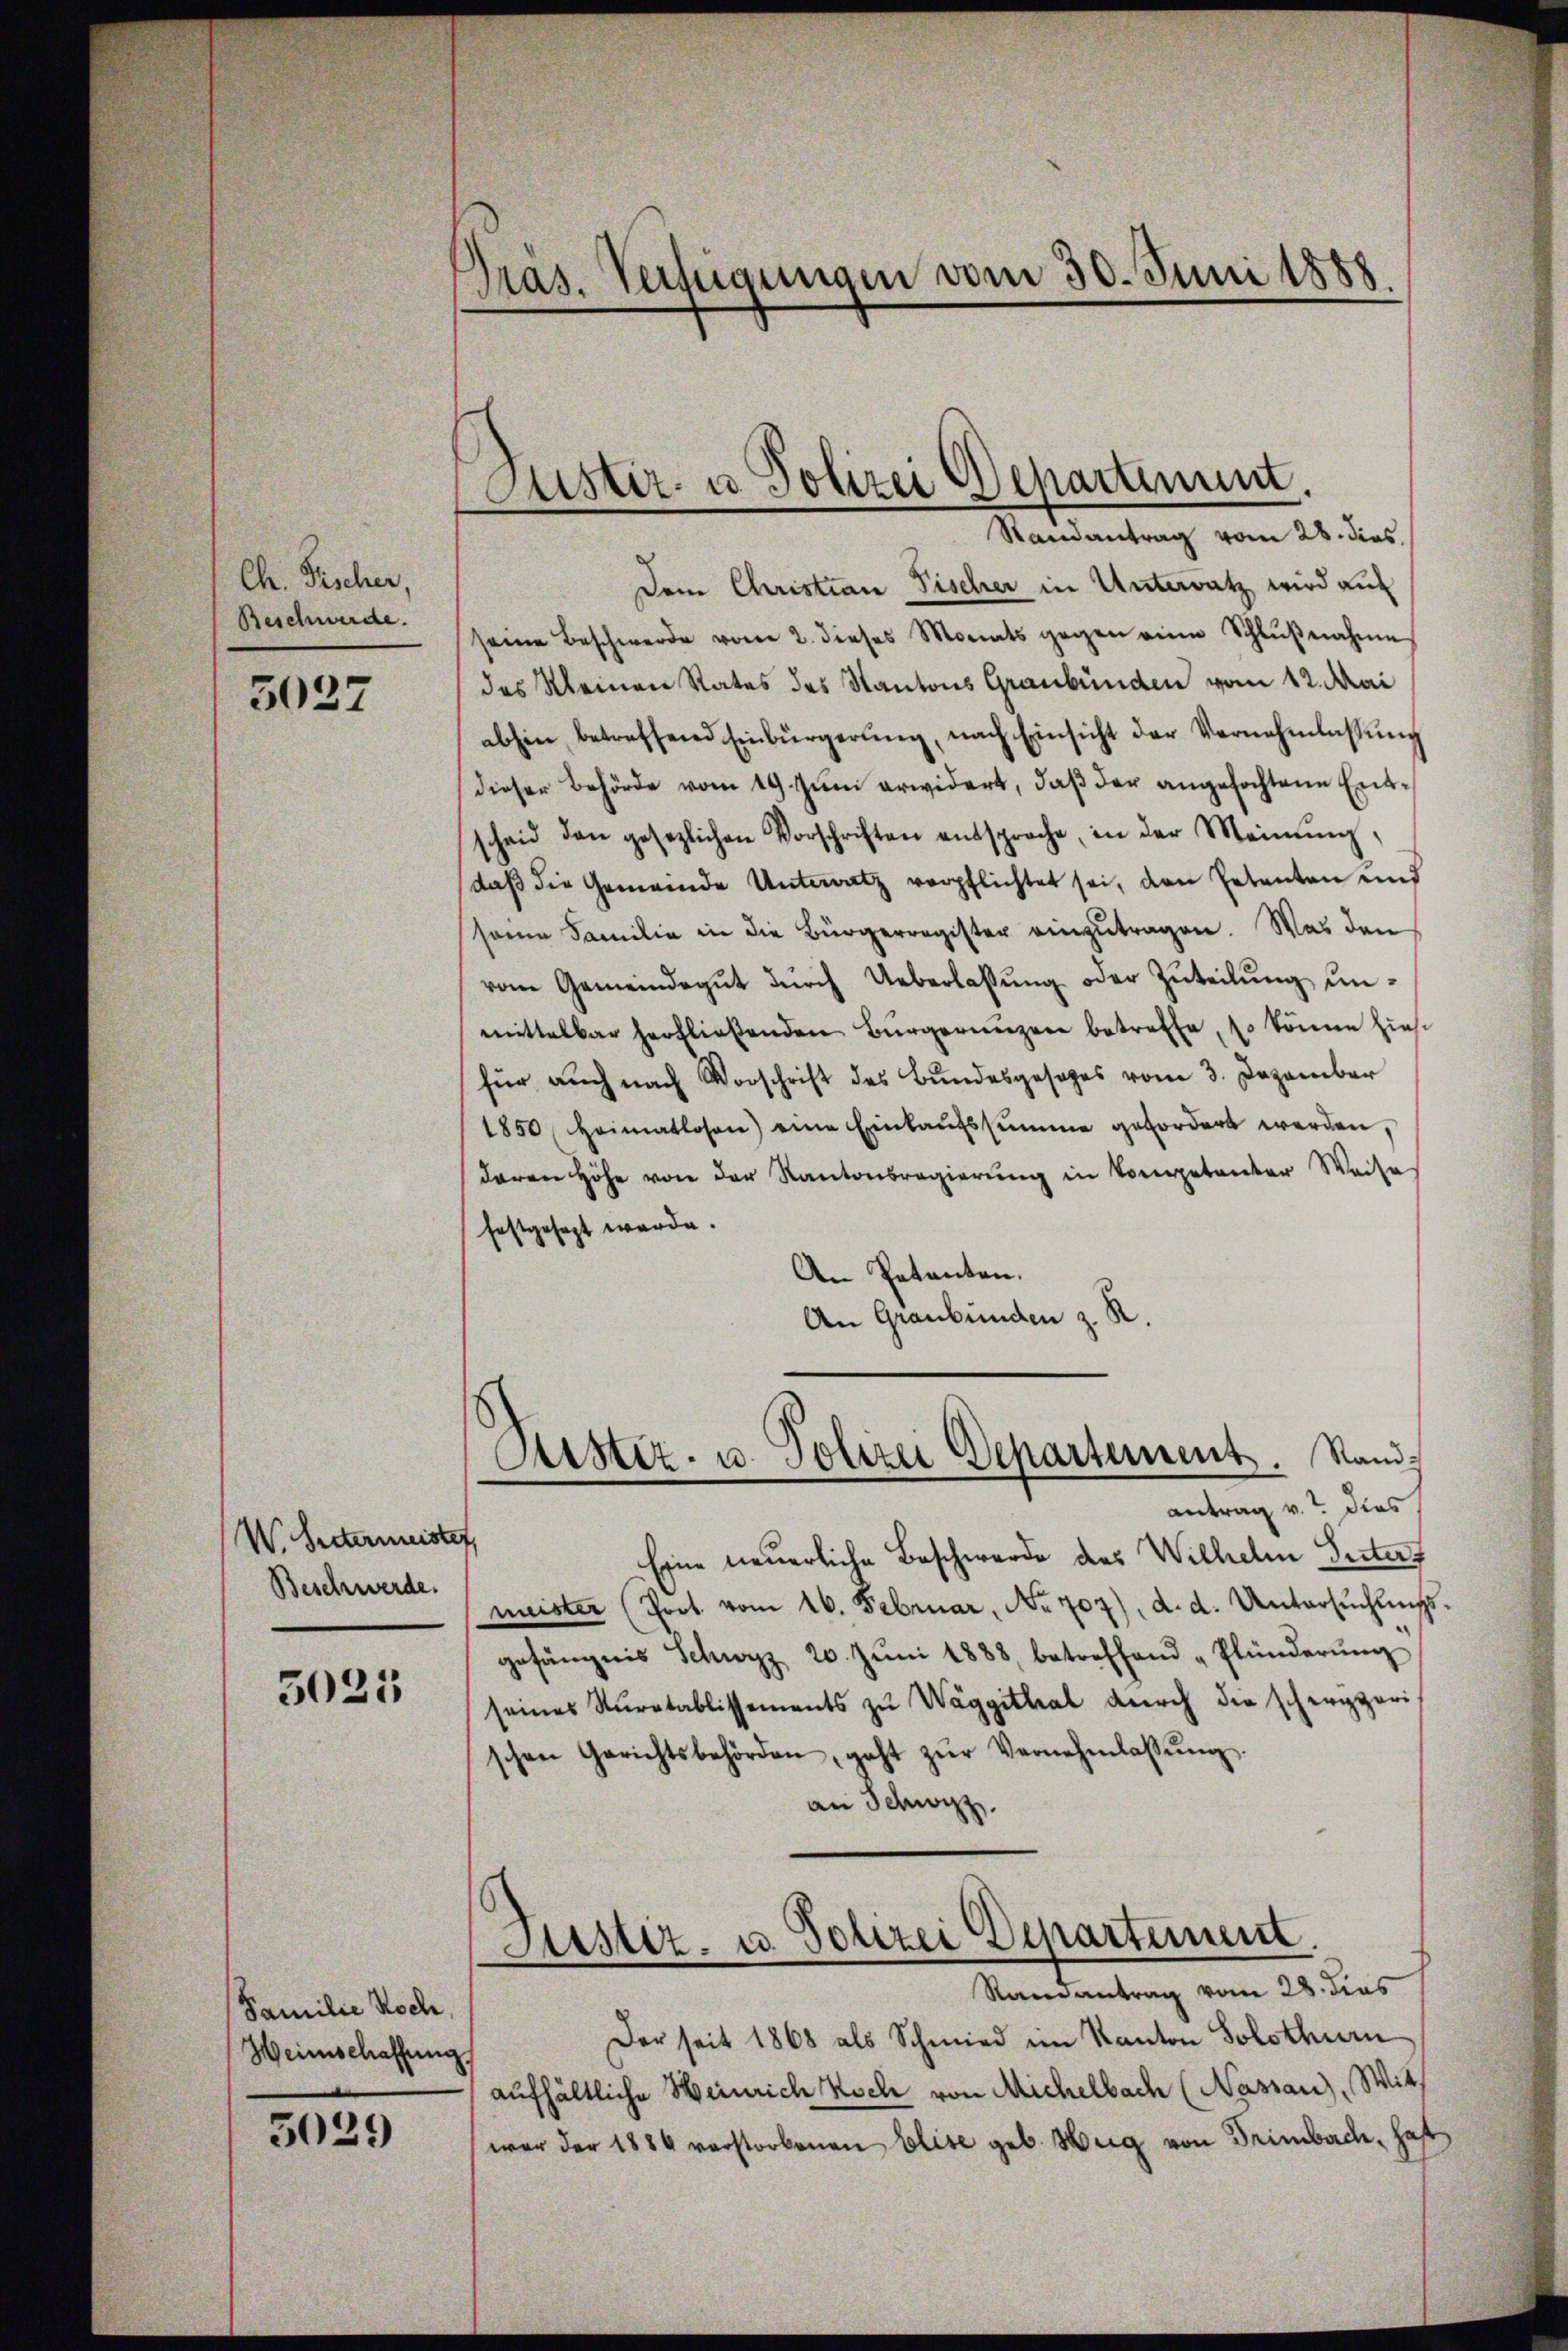
Ch. Fischer,
Beschwerde.
3027

W. hintermeister,
Beschwerde.

5021

Familie Koch,
Heimschaffung,

5039

Pras. Verfügungen vom 30. Juni 1888.

Justiz- u Polizei Departinum.
Randantrag vom 28. dies

Dem Christian Fischer in Untersatz wird auc
seine Beschwerde vor 2. dieses Monats gegen eine Schlŭβnahme
des Meinen Rates des Kantons Graubünden vom 12. Mai
abhin betreffend Einbürgerŭng, nach Einsicht der Vernehmlassŭng
dieser Behörde vom 19. Jŭni erwidert, daß der angefochtene Entscheid den gesezlichen Vorschriften entsproche, in der Meinŭng,
daß die Gemeinde Unterratz verpflichtet sei, den Petenten und
same Familie in die Bürgerregister einzŭtragen. Was den
vom Gemeindegut durch Ueberlassung oder Zuteilung unmittelbar herfließenden Bürgerungen betreffe, so könne hiesi
für auch nach Vorschrift des Bundesgesages vom 3. Dezember
1850 Heimatlosen) eine Einkaŭfssumme gefordert werden,
daren Höhe von der Kantonsregierung in Kompetenter Weise
festgesezt werde.
An Petenten.
An Graubünden z. R.
Ristiz- u. Polizei Departement. Sandantrag v. dies
Eine neuerliche Beschwerde des Wilhelm Seiter
meister (Poot vom 16. Februar, No. 707), d. d. Untersŭchŭngs
gefängnis Schwyz 20. Jŭni 1888, betreffend „Plünderŭng
seines Sturatablissements zu Waggithal durch die schergpari
schen Gerichtsbehörden, geht zŭr Vernehmlassŭng.
an Schwyz.
Justiz- u. Polizei Departement.
Ramantrag vom 28. dies
Der seit 1868 als Schmied im Kanton Solothurn
aufhältliche Weinrich Koch von Michelbach (Nassau), Wit
war der 1884 verstorbenen Elise geb. Hug von Trimbach, haft